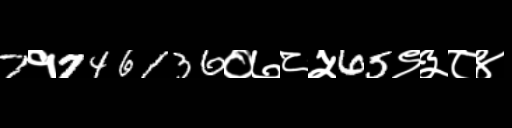
Text: 7१746136०७८५65९३८४